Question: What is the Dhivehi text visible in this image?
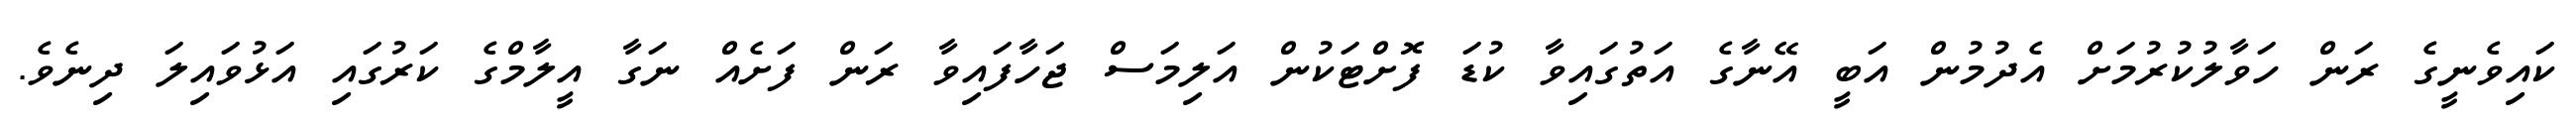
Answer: ކައިވެނީގެ ރަން ހަވާލުކުރުމަށް އެދުމުން އަބީ އޭނާގެ އަތުގައިވާ ކުޑަ ފޮށްޓަކުން އަލިމަސް ޖަހާފައިވާ ރަން ފަށެއް ނަގާ އީލާމްގެ ކަރުގައި އަޅުވައިލަ ދިނެވެ.